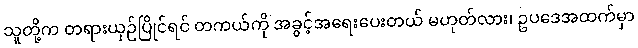
သူတို့က တရားယှဉ်ပြိုင်ရင် တကယ်ကို အခွင့်အရေးပေးတယ် မဟုတ်လား၊ ဥပဒေအထက်မှာ